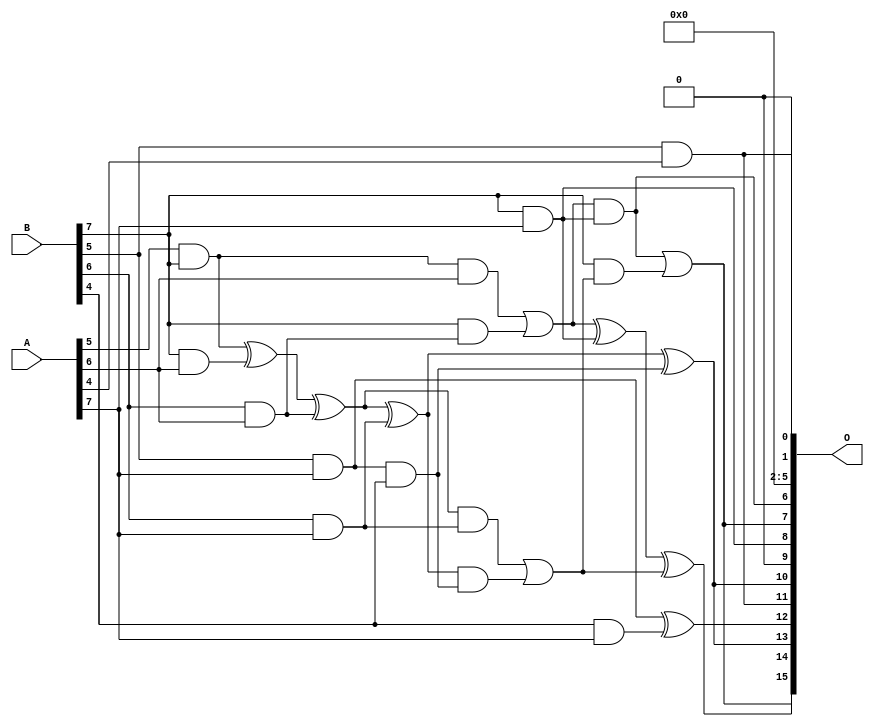
// This program was cloned from: https://github.com/ehw-fit/evoapproxlib
// License: MIT License

/***
* This code is a part of EvoApproxLib library (ehw.fit.vutbr.cz/approxlib) distributed under The MIT License.
* When used, please cite the following article(s): V. Mrazek, Z. Vasicek, L. Sekanina, H. Jiang and J. Han, "Scalable Construction of Approximate Multipliers With Formally Guaranteed Worst Case Error" in IEEE Transactions on Very Large Scale Integration (VLSI) Systems, vol. 26, no. 11, pp. 2572-2576, Nov. 2018. doi: 10.1109/TVLSI.2018.2856362 
* This file contains a circuit from a sub-set of pareto optimal circuits with respect to the pwr and wce parameters
***/
// MAE% = 0.000075 %
// MAE = 3230 
// WCE% = 0.00042 %
// WCE = 18075 
// WCRE% = 300.39 %
// EP% = 99.84 %
// MRE% = 0.0067 %
// MSE = 16238.254e3 
// PDK45_PWR = 1.648 mW
// PDK45_AREA = 2404.2 um2
// PDK45_DELAY = 2.44 ns

module mult8_cgp14zr_wc7391_rcam (
    A,
    B,
    O
);

input [7:0] A;
input [7:0] B;
output [15:0] O;

wire sig_242,sig_246,sig_251,sig_252,sig_253,sig_286,sig_288,sig_289,sig_290,sig_295,sig_296,sig_297,sig_298,sig_323,sig_324,sig_326,sig_327,sig_328,sig_329,sig_330;
wire sig_331,sig_332,sig_333,sig_334,sig_335;

assign sig_242 = A[5] & B[7];
assign sig_246 = sig_242 & A[6];
assign sig_251 = B[5] & A[4];
assign sig_252 = B[6] & A[6];
assign sig_253 = B[7] & A[6];
assign sig_286 = sig_242 ^ sig_253;
assign sig_288 = B[7] & sig_252;
assign sig_289 = sig_286 ^ sig_252;
assign sig_290 = sig_246 | sig_288;
assign sig_295 = B[4] & A[7];
assign sig_296 = B[5] & A[7];
assign sig_297 = B[6] & A[7];
assign sig_298 = B[7] & A[7];
assign sig_323 = sig_296 & B[4];
assign sig_324 = sig_296 ^ sig_295;
assign sig_326 = sig_289 ^ sig_297;
assign sig_327 = sig_289 & sig_297;
assign sig_328 = sig_326 & sig_323;
assign sig_329 = sig_326 ^ sig_323;
assign sig_330 = sig_327 | sig_328;
assign sig_331 = sig_290 ^ sig_298;
assign sig_332 = sig_290 & sig_298;
assign sig_333 = B[7] & sig_330;
assign sig_334 = sig_331 ^ sig_330;
assign sig_335 = sig_332 | sig_333;

assign O[15] = sig_335;
assign O[14] = sig_334;
assign O[13] = sig_329;
assign O[12] = sig_324;
assign O[11] = sig_251;
assign O[10] = sig_329;
assign O[9] = 1'b0;
assign O[8] = sig_298;
assign O[7] = sig_335;
assign O[6] = sig_332;
assign O[5] = 1'b0;
assign O[4] = 1'b0;
assign O[3] = 1'b0;
assign O[2] = 1'b0;
assign O[1] = sig_251;
assign O[0] = 1'b0;

endmodule

module mult8_cgp14ep_ep64716_wc26_csamrca (
    A,
    B,
    O
);

input [7:0] A;
input [7:0] B;
output [15:0] O;

wire sig_20,sig_21,sig_22,sig_23,sig_27,sig_28,sig_29,sig_30,sig_31,sig_38,sig_39,sig_40,sig_41,sig_42,sig_43,sig_44,sig_45,sig_48,sig_49,sig_50;
wire sig_51,sig_52,sig_53,sig_63,sig_64,sig_65,sig_69,sig_70,sig_71,sig_72,sig_73,sig_74,sig_75,sig_76,sig_77,sig_78,sig_79,sig_80,sig_81,sig_82;
wire sig_83,sig_84,sig_85,sig_87,sig_88,sig_91,sig_92,sig_93,sig_94,sig_95,sig_96,sig_103,sig_105,sig_107,sig_108,sig_109,sig_110,sig_111,sig_112,sig_113;
wire sig_114,sig_115,sig_116,sig_117,sig_118,sig_119,sig_120,sig_121,sig_122,sig_123,sig_124,sig_125,sig_126,sig_127,sig_128,sig_129,sig_130,sig_131,sig_132,sig_133;
wire sig_134,sig_135,sig_136,sig_137,sig_138,sig_139,sig_140,sig_141,sig_145,sig_146,sig_147,sig_148,sig_149,sig_150,sig_151,sig_152,sig_153,sig_154,sig_155,sig_156;
wire sig_157,sig_158,sig_159,sig_160,sig_161,sig_162,sig_163,sig_164,sig_165,sig_166,sig_167,sig_168,sig_169,sig_170,sig_171,sig_172,sig_173,sig_174,sig_175,sig_176;
wire sig_177,sig_178,sig_179,sig_180,sig_181,sig_182,sig_183,sig_184,sig_185,sig_186,sig_187,sig_188,sig_189,sig_190,sig_191,sig_192,sig_193,sig_194,sig_195,sig_196;
wire sig_197,sig_198,sig_199,sig_200,sig_201,sig_202,sig_203,sig_204,sig_205,sig_206,sig_207,sig_208,sig_209,sig_210,sig_211,sig_212,sig_213,sig_214,sig_215,sig_216;
wire sig_217,sig_218,sig_219,sig_220,sig_221,sig_222,sig_223,sig_224,sig_225,sig_226,sig_227,sig_228,sig_229,sig_230,sig_231,sig_232,sig_233,sig_234,sig_235,sig_236;
wire sig_237,sig_238,sig_239,sig_240,sig_241,sig_242,sig_243,sig_244,sig_245,sig_246,sig_247,sig_248,sig_249,sig_250,sig_251,sig_252,sig_253,sig_254,sig_255,sig_256;
wire sig_257,sig_258,sig_259,sig_260,sig_261,sig_262,sig_263,sig_264,sig_265,sig_266,sig_267,sig_268,sig_269,sig_270,sig_271,sig_272,sig_273,sig_274,sig_275,sig_276;
wire sig_277,sig_278,sig_279,sig_280,sig_281,sig_282,sig_283,sig_284,sig_285,sig_286,sig_287,sig_288,sig_289,sig_290,sig_291,sig_292,sig_293,sig_294,sig_295,sig_296;
wire sig_297,sig_298,sig_299,sig_300,sig_301,sig_302,sig_303,sig_304,sig_305,sig_306,sig_307,sig_308,sig_309,sig_310,sig_311,sig_312,sig_313,sig_314,sig_315,sig_316;
wire sig_317,sig_318,sig_319,sig_320,sig_321,sig_322,sig_323,sig_324,sig_325,sig_326,sig_327,sig_328,sig_329,sig_330,sig_331,sig_332,sig_333,sig_334,sig_335;

assign sig_20 = B[4] & A[0];
assign sig_21 = B[5] & A[0];
assign sig_22 = B[6] & A[0];
assign sig_23 = B[7] & A[0];
assign sig_27 = B[3] & A[1];
assign sig_28 = B[4] & A[1];
assign sig_29 = B[5] & A[1];
assign sig_30 = B[6] & A[1];
assign sig_31 = B[7] & A[1];
assign sig_38 = sig_20 | sig_27;
assign sig_39 = sig_20 & sig_27;
assign sig_40 = sig_21 ^ sig_28;
assign sig_41 = sig_21 & sig_28;
assign sig_42 = sig_22 ^ sig_29;
assign sig_43 = sig_22 & sig_29;
assign sig_44 = sig_23 ^ sig_30;
assign sig_45 = sig_23 & sig_30;
assign sig_48 = B[2] & A[2];
assign sig_49 = B[3] & A[2];
assign sig_50 = B[4] & A[2];
assign sig_51 = B[5] & A[2];
assign sig_52 = B[6] & A[2];
assign sig_53 = B[7] & A[2];
assign sig_63 = A[3] & B[1];
assign sig_64 = sig_38 | sig_48;
assign sig_65 = sig_38 & sig_48;
assign sig_69 = sig_40 ^ sig_49;
assign sig_70 = sig_40 & sig_49;
assign sig_71 = sig_69 & sig_39;
assign sig_72 = sig_69 ^ sig_39;
assign sig_73 = sig_70 | sig_71;
assign sig_74 = sig_42 ^ sig_50;
assign sig_75 = sig_42 & sig_50;
assign sig_76 = sig_74 & sig_41;
assign sig_77 = sig_74 ^ sig_41;
assign sig_78 = sig_75 | sig_76;
assign sig_79 = sig_44 ^ sig_51;
assign sig_80 = sig_44 & sig_51;
assign sig_81 = sig_79 & sig_43;
assign sig_82 = sig_79 ^ sig_43;
assign sig_83 = sig_80 | sig_81;
assign sig_84 = sig_31 ^ sig_52;
assign sig_85 = sig_31 & sig_52;
assign sig_87 = sig_84 ^ sig_45;
assign sig_88 = sig_85 | sig_45;
assign sig_91 = B[2] & A[3];
assign sig_92 = B[3] & A[3];
assign sig_93 = B[4] & A[3];
assign sig_94 = B[5] & A[3];
assign sig_95 = B[6] & A[3];
assign sig_96 = B[7] & A[3];
assign sig_103 = sig_64 & sig_63;
assign sig_105 = sig_64 | sig_63;
assign sig_107 = sig_72 ^ sig_91;
assign sig_108 = sig_72 & sig_91;
assign sig_109 = sig_107 & sig_65;
assign sig_110 = sig_107 ^ sig_65;
assign sig_111 = sig_108 | sig_109;
assign sig_112 = sig_77 ^ sig_92;
assign sig_113 = sig_77 & sig_92;
assign sig_114 = sig_112 & sig_73;
assign sig_115 = sig_112 ^ sig_73;
assign sig_116 = sig_113 | sig_114;
assign sig_117 = sig_82 ^ sig_93;
assign sig_118 = sig_82 & sig_93;
assign sig_119 = sig_117 & sig_78;
assign sig_120 = sig_117 ^ sig_78;
assign sig_121 = sig_118 | sig_119;
assign sig_122 = sig_87 ^ sig_94;
assign sig_123 = sig_87 & sig_94;
assign sig_124 = sig_122 & sig_83;
assign sig_125 = sig_122 ^ sig_83;
assign sig_126 = sig_123 | sig_124;
assign sig_127 = sig_53 ^ sig_95;
assign sig_128 = sig_53 & sig_95;
assign sig_129 = sig_127 & sig_88;
assign sig_130 = sig_127 ^ sig_88;
assign sig_131 = sig_128 | sig_129;
assign sig_132 = B[0] & A[4];
assign sig_133 = B[1] & A[4];
assign sig_134 = B[2] & A[4];
assign sig_135 = B[3] & A[4];
assign sig_136 = B[4] & A[4];
assign sig_137 = B[5] & A[4];
assign sig_138 = B[6] & A[4];
assign sig_139 = B[7] & A[4];
assign sig_140 = sig_105 ^ sig_132;
assign sig_141 = sig_105 & sig_132;
assign sig_145 = sig_110 ^ sig_133;
assign sig_146 = sig_110 & sig_133;
assign sig_147 = sig_145 & sig_103;
assign sig_148 = sig_145 ^ sig_103;
assign sig_149 = sig_146 | sig_147;
assign sig_150 = sig_115 ^ sig_134;
assign sig_151 = sig_115 & sig_134;
assign sig_152 = sig_150 & sig_111;
assign sig_153 = sig_150 ^ sig_111;
assign sig_154 = sig_151 | sig_152;
assign sig_155 = sig_120 ^ sig_135;
assign sig_156 = sig_120 & sig_135;
assign sig_157 = sig_155 & sig_116;
assign sig_158 = sig_155 ^ sig_116;
assign sig_159 = sig_156 | sig_157;
assign sig_160 = sig_125 ^ sig_136;
assign sig_161 = sig_125 & sig_136;
assign sig_162 = sig_160 & sig_121;
assign sig_163 = sig_160 ^ sig_121;
assign sig_164 = sig_161 | sig_162;
assign sig_165 = sig_130 ^ sig_137;
assign sig_166 = sig_130 & sig_137;
assign sig_167 = sig_165 & sig_126;
assign sig_168 = sig_165 ^ sig_126;
assign sig_169 = sig_166 | sig_167;
assign sig_170 = sig_96 ^ sig_138;
assign sig_171 = sig_96 & sig_138;
assign sig_172 = sig_170 & sig_131;
assign sig_173 = sig_170 ^ sig_131;
assign sig_174 = sig_171 | sig_172;
assign sig_175 = B[0] & A[5];
assign sig_176 = B[1] & A[5];
assign sig_177 = B[2] & A[5];
assign sig_178 = B[3] & A[5];
assign sig_179 = B[4] & A[5];
assign sig_180 = B[5] & A[5];
assign sig_181 = B[6] & A[5];
assign sig_182 = B[7] & A[5];
assign sig_183 = sig_148 ^ sig_175;
assign sig_184 = sig_148 & sig_175;
assign sig_185 = sig_183 & sig_141;
assign sig_186 = sig_183 ^ sig_141;
assign sig_187 = sig_184 | sig_185;
assign sig_188 = sig_153 ^ sig_176;
assign sig_189 = sig_153 & sig_176;
assign sig_190 = sig_188 & sig_149;
assign sig_191 = sig_188 ^ sig_149;
assign sig_192 = sig_189 | sig_190;
assign sig_193 = sig_158 ^ sig_177;
assign sig_194 = sig_158 & sig_177;
assign sig_195 = sig_193 & sig_154;
assign sig_196 = sig_193 ^ sig_154;
assign sig_197 = sig_194 | sig_195;
assign sig_198 = sig_163 ^ sig_178;
assign sig_199 = sig_163 & sig_178;
assign sig_200 = sig_198 & sig_159;
assign sig_201 = sig_198 ^ sig_159;
assign sig_202 = sig_199 | sig_200;
assign sig_203 = sig_168 ^ sig_179;
assign sig_204 = sig_168 & sig_179;
assign sig_205 = sig_203 & sig_164;
assign sig_206 = sig_203 ^ sig_164;
assign sig_207 = sig_204 | sig_205;
assign sig_208 = sig_173 ^ sig_180;
assign sig_209 = sig_173 & sig_180;
assign sig_210 = sig_208 & sig_169;
assign sig_211 = sig_208 ^ sig_169;
assign sig_212 = sig_209 | sig_210;
assign sig_213 = sig_139 ^ sig_181;
assign sig_214 = sig_139 & sig_181;
assign sig_215 = sig_213 & sig_174;
assign sig_216 = sig_213 ^ sig_174;
assign sig_217 = sig_214 | sig_215;
assign sig_218 = B[0] & A[6];
assign sig_219 = B[1] & A[6];
assign sig_220 = B[2] & A[6];
assign sig_221 = B[3] & A[6];
assign sig_222 = B[4] & A[6];
assign sig_223 = B[5] & A[6];
assign sig_224 = B[6] & A[6];
assign sig_225 = B[7] & A[6];
assign sig_226 = sig_191 ^ sig_218;
assign sig_227 = sig_191 & sig_218;
assign sig_228 = sig_226 & sig_187;
assign sig_229 = sig_226 ^ sig_187;
assign sig_230 = sig_227 | sig_228;
assign sig_231 = sig_196 ^ sig_219;
assign sig_232 = sig_196 & sig_219;
assign sig_233 = sig_231 & sig_192;
assign sig_234 = sig_231 ^ sig_192;
assign sig_235 = sig_232 | sig_233;
assign sig_236 = sig_201 ^ sig_220;
assign sig_237 = sig_201 & sig_220;
assign sig_238 = sig_236 & sig_197;
assign sig_239 = sig_236 ^ sig_197;
assign sig_240 = sig_237 | sig_238;
assign sig_241 = sig_206 ^ sig_221;
assign sig_242 = sig_206 & sig_221;
assign sig_243 = sig_241 & sig_202;
assign sig_244 = sig_241 ^ sig_202;
assign sig_245 = sig_242 | sig_243;
assign sig_246 = sig_211 ^ sig_222;
assign sig_247 = sig_211 & sig_222;
assign sig_248 = sig_246 & sig_207;
assign sig_249 = sig_246 ^ sig_207;
assign sig_250 = sig_247 | sig_248;
assign sig_251 = sig_216 ^ sig_223;
assign sig_252 = sig_216 & sig_223;
assign sig_253 = sig_251 & sig_212;
assign sig_254 = sig_251 ^ sig_212;
assign sig_255 = sig_252 | sig_253;
assign sig_256 = sig_182 ^ sig_224;
assign sig_257 = sig_182 & sig_224;
assign sig_258 = sig_256 & sig_217;
assign sig_259 = sig_256 ^ sig_217;
assign sig_260 = sig_257 | sig_258;
assign sig_261 = B[0] & A[7];
assign sig_262 = B[1] & A[7];
assign sig_263 = B[2] & A[7];
assign sig_264 = B[3] & A[7];
assign sig_265 = B[4] & A[7];
assign sig_266 = B[5] & A[7];
assign sig_267 = B[6] & A[7];
assign sig_268 = B[7] & A[7];
assign sig_269 = sig_234 ^ sig_261;
assign sig_270 = sig_234 & sig_261;
assign sig_271 = sig_269 & sig_230;
assign sig_272 = sig_269 ^ sig_230;
assign sig_273 = sig_270 | sig_271;
assign sig_274 = sig_239 ^ sig_262;
assign sig_275 = sig_239 & sig_262;
assign sig_276 = sig_274 & sig_235;
assign sig_277 = sig_274 ^ sig_235;
assign sig_278 = sig_275 | sig_276;
assign sig_279 = sig_244 ^ sig_263;
assign sig_280 = sig_244 & sig_263;
assign sig_281 = sig_279 & sig_240;
assign sig_282 = sig_279 ^ sig_240;
assign sig_283 = sig_280 | sig_281;
assign sig_284 = sig_249 ^ sig_264;
assign sig_285 = sig_249 & sig_264;
assign sig_286 = sig_284 & sig_245;
assign sig_287 = sig_284 ^ sig_245;
assign sig_288 = sig_285 | sig_286;
assign sig_289 = sig_254 ^ sig_265;
assign sig_290 = sig_254 & sig_265;
assign sig_291 = sig_289 & sig_250;
assign sig_292 = sig_289 ^ sig_250;
assign sig_293 = sig_290 | sig_291;
assign sig_294 = sig_259 ^ sig_266;
assign sig_295 = sig_259 & sig_266;
assign sig_296 = sig_294 & sig_255;
assign sig_297 = sig_294 ^ sig_255;
assign sig_298 = sig_295 | sig_296;
assign sig_299 = sig_225 ^ sig_267;
assign sig_300 = sig_225 & sig_267;
assign sig_301 = sig_299 & sig_260;
assign sig_302 = sig_299 ^ sig_260;
assign sig_303 = sig_300 | sig_301;
assign sig_304 = sig_277 ^ sig_273;
assign sig_305 = sig_277 & sig_273;
assign sig_306 = sig_282 ^ sig_278;
assign sig_307 = sig_282 & sig_278;
assign sig_308 = sig_306 & sig_305;
assign sig_309 = sig_306 ^ sig_305;
assign sig_310 = sig_307 | sig_308;
assign sig_311 = sig_287 ^ sig_283;
assign sig_312 = sig_287 & sig_283;
assign sig_313 = sig_311 & sig_310;
assign sig_314 = sig_311 ^ sig_310;
assign sig_315 = sig_312 | sig_313;
assign sig_316 = sig_292 ^ sig_288;
assign sig_317 = sig_292 & sig_288;
assign sig_318 = sig_316 & sig_315;
assign sig_319 = sig_316 ^ sig_315;
assign sig_320 = sig_317 | sig_318;
assign sig_321 = sig_297 ^ sig_293;
assign sig_322 = sig_297 & sig_293;
assign sig_323 = sig_321 & sig_320;
assign sig_324 = sig_321 ^ sig_320;
assign sig_325 = sig_322 | sig_323;
assign sig_326 = sig_302 ^ sig_298;
assign sig_327 = sig_302 & sig_298;
assign sig_328 = sig_326 & sig_325;
assign sig_329 = sig_326 ^ sig_325;
assign sig_330 = sig_327 | sig_328;
assign sig_331 = sig_268 ^ sig_303;
assign sig_332 = A[7] & sig_303;
assign sig_333 = sig_331 & sig_330;
assign sig_334 = sig_331 ^ sig_330;
assign sig_335 = sig_332 | sig_333;

assign O[15] = sig_335;
assign O[14] = sig_334;
assign O[13] = sig_329;
assign O[12] = sig_324;
assign O[11] = sig_319;
assign O[10] = sig_314;
assign O[9] = sig_309;
assign O[8] = sig_304;
assign O[7] = sig_272;
assign O[6] = sig_229;
assign O[5] = sig_186;
assign O[4] = sig_140;
assign O[3] = sig_105;
assign O[2] = sig_132;
assign O[1] = sig_218;
assign O[0] = 1'b0;

endmodule



module mul8_364(A, B, O);
  input [7:0] A;
  input [7:0] B;
  output [15:0] O;
  wire [2031:0] N;

  assign N[0] = A[0];
  assign N[1] = A[0];
  assign N[2] = A[1];
  assign N[3] = A[1];
  assign N[4] = A[2];
  assign N[5] = A[2];
  assign N[6] = A[3];
  assign N[7] = A[3];
  assign N[8] = A[4];
  assign N[9] = A[4];
  assign N[10] = A[5];
  assign N[11] = A[5];
  assign N[12] = A[6];
  assign N[13] = A[6];
  assign N[14] = A[7];
  assign N[15] = A[7];
  assign N[16] = B[0];
  assign N[17] = B[0];
  assign N[18] = B[1];
  assign N[19] = B[1];
  assign N[20] = B[2];
  assign N[21] = B[2];
  assign N[22] = B[3];
  assign N[23] = B[3];
  assign N[24] = B[4];
  assign N[25] = B[4];
  assign N[26] = B[5];
  assign N[27] = B[5];
  assign N[28] = B[6];
  assign N[29] = B[6];
  assign N[30] = B[7];
  assign N[31] = B[7];

  PDKGENAND2X1 n32(.A(N[0]), .B(N[16]), .Y(N[32]));
  PDKGENAND2X1 n48(.A(N[2]), .B(N[16]), .Y(N[48]));
  PDKGENAND2X1 n64(.A(N[4]), .B(N[16]), .Y(N[64]));
  PDKGENAND2X1 n82(.A(N[6]), .B(N[16]), .Y(N[82]));
  PDKGENAND2X1 n98(.A(N[8]), .B(N[16]), .Y(N[98]));
  PDKGENAND2X1 n114(.A(N[10]), .B(N[16]), .Y(N[114]));
  PDKGENAND2X1 n132(.A(N[12]), .B(N[16]), .Y(N[132]));
  PDKGENAND2X1 n148(.A(N[14]), .B(N[16]), .Y(N[148]));
  assign N[149] = N[148];
  PDKGENAND2X1 n164(.A(N[0]), .B(N[18]), .Y(N[164]));
  PDKGENBUFX2 n166(.A(N[149]), .Y(N[166]));
  assign N[167] = N[166];
  PDKGENAND2X1 n182(.A(N[2]), .B(N[18]), .Y(N[182]));
  PDKGENAND2X1 n198(.A(N[4]), .B(N[18]), .Y(N[198]));
  PDKGENAND2X1 n214(.A(N[6]), .B(N[18]), .Y(N[214]));
  PDKGENAND2X1 n232(.A(N[8]), .B(N[18]), .Y(N[232]));
  PDKGENAND2X1 n248(.A(N[10]), .B(N[18]), .Y(N[248]));
  PDKGENAND2X1 n264(.A(N[12]), .B(N[18]), .Y(N[264]));
  PDKGENAND2X1 n282(.A(N[14]), .B(N[18]), .Y(N[282]));
  PDKGENHAX1 n298(.A(N[48]), .B(N[164]), .YS(N[298]), .YC(N[299]));
  PDKGENHAX1 n314(.A(N[64]), .B(N[182]), .YS(N[314]), .YC(N[315]));
  PDKGENHAX1 n332(.A(N[82]), .B(N[198]), .YS(N[332]), .YC(N[333]));
  PDKGENHAX1 n348(.A(N[98]), .B(N[214]), .YS(N[348]), .YC(N[349]));
  PDKGENHAX1 n364(.A(N[114]), .B(N[232]), .YS(N[364]), .YC(N[365]));
  PDKGENHAX1 n382(.A(N[132]), .B(N[248]), .YS(N[382]), .YC(N[383]));
  PDKGENHAX1 n398(.A(N[167]), .B(N[264]), .YS(N[398]), .YC(N[399]));
  PDKGENAND2X1 n414(.A(N[0]), .B(N[20]), .Y(N[414]));
  PDKGENAND2X1 n432(.A(N[2]), .B(N[20]), .Y(N[432]));
  PDKGENAND2X1 n448(.A(N[4]), .B(N[20]), .Y(N[448]));
  PDKGENAND2X1 n464(.A(N[6]), .B(N[20]), .Y(N[464]));
  PDKGENAND2X1 n482(.A(N[8]), .B(N[20]), .Y(N[482]));
  PDKGENAND2X1 n498(.A(N[10]), .B(N[20]), .Y(N[498]));
  PDKGENAND2X1 n514(.A(N[12]), .B(N[20]), .Y(N[514]));
  PDKGENAND2X1 n532(.A(N[14]), .B(N[20]), .Y(N[532]));
  PDKGENFAX1 n548(.A(N[314]), .B(N[414]), .C(N[299]), .YS(N[548]), .YC(N[549]));
  PDKGENFAX1 n564(.A(N[332]), .B(N[432]), .C(N[315]), .YS(N[564]), .YC(N[565]));
  PDKGENFAX1 n582(.A(N[348]), .B(N[448]), .C(N[333]), .YS(N[582]), .YC(N[583]));
  PDKGENFAX1 n598(.A(N[364]), .B(N[464]), .C(N[349]), .YS(N[598]), .YC(N[599]));
  PDKGENFAX1 n614(.A(N[382]), .B(N[482]), .C(N[365]), .YS(N[614]), .YC(N[615]));
  PDKGENFAX1 n632(.A(N[398]), .B(N[498]), .C(N[383]), .YS(N[632]), .YC(N[633]));
  PDKGENFAX1 n648(.A(N[282]), .B(N[514]), .C(N[399]), .YS(N[648]), .YC(N[649]));
  PDKGENAND2X1 n664(.A(N[0]), .B(N[22]), .Y(N[664]));
  PDKGENAND2X1 n682(.A(N[2]), .B(N[22]), .Y(N[682]));
  PDKGENAND2X1 n698(.A(N[4]), .B(N[22]), .Y(N[698]));
  PDKGENAND2X1 n714(.A(N[6]), .B(N[22]), .Y(N[714]));
  PDKGENAND2X1 n732(.A(N[8]), .B(N[22]), .Y(N[732]));
  PDKGENAND2X1 n748(.A(N[10]), .B(N[22]), .Y(N[748]));
  PDKGENAND2X1 n764(.A(N[12]), .B(N[22]), .Y(N[764]));
  PDKGENAND2X1 n782(.A(N[14]), .B(N[22]), .Y(N[782]));
  PDKGENFAX1 n798(.A(N[564]), .B(N[664]), .C(N[549]), .YS(N[798]), .YC(N[799]));
  PDKGENFAX1 n814(.A(N[582]), .B(N[682]), .C(N[565]), .YS(N[814]), .YC(N[815]));
  PDKGENFAX1 n832(.A(N[598]), .B(N[698]), .C(N[583]), .YS(N[832]), .YC(N[833]));
  PDKGENFAX1 n848(.A(N[614]), .B(N[714]), .C(N[599]), .YS(N[848]), .YC(N[849]));
  PDKGENFAX1 n864(.A(N[632]), .B(N[732]), .C(N[615]), .YS(N[864]), .YC(N[865]));
  PDKGENFAX1 n882(.A(N[648]), .B(N[748]), .C(N[633]), .YS(N[882]), .YC(N[883]));
  PDKGENFAX1 n898(.A(N[532]), .B(N[764]), .C(N[649]), .YS(N[898]), .YC(N[899]));
  PDKGENAND2X1 n914(.A(N[0]), .B(N[24]), .Y(N[914]));
  PDKGENAND2X1 n932(.A(N[2]), .B(N[24]), .Y(N[932]));
  PDKGENAND2X1 n948(.A(N[4]), .B(N[24]), .Y(N[948]));
  PDKGENAND2X1 n964(.A(N[6]), .B(N[24]), .Y(N[964]));
  PDKGENAND2X1 n982(.A(N[8]), .B(N[24]), .Y(N[982]));
  PDKGENAND2X1 n998(.A(N[10]), .B(N[24]), .Y(N[998]));
  PDKGENAND2X1 n1014(.A(N[12]), .B(N[24]), .Y(N[1014]));
  PDKGENAND2X1 n1032(.A(N[14]), .B(N[24]), .Y(N[1032]));
  PDKGENFAX1 n1048(.A(N[814]), .B(N[914]), .C(N[799]), .YS(N[1048]), .YC(N[1049]));
  PDKGENFAX1 n1064(.A(N[832]), .B(N[932]), .C(N[815]), .YS(N[1064]), .YC(N[1065]));
  PDKGENFAX1 n1082(.A(N[848]), .B(N[948]), .C(N[833]), .YS(N[1082]), .YC(N[1083]));
  PDKGENFAX1 n1098(.A(N[864]), .B(N[964]), .C(N[849]), .YS(N[1098]), .YC(N[1099]));
  PDKGENFAX1 n1114(.A(N[882]), .B(N[982]), .C(N[865]), .YS(N[1114]), .YC(N[1115]));
  PDKGENFAX1 n1132(.A(N[898]), .B(N[998]), .C(N[883]), .YS(N[1132]), .YC(N[1133]));
  PDKGENFAX1 n1148(.A(N[782]), .B(N[1014]), .C(N[899]), .YS(N[1148]), .YC(N[1149]));
  PDKGENAND2X1 n1164(.A(N[0]), .B(N[26]), .Y(N[1164]));
  PDKGENAND2X1 n1182(.A(N[2]), .B(N[26]), .Y(N[1182]));
  PDKGENAND2X1 n1198(.A(N[4]), .B(N[26]), .Y(N[1198]));
  PDKGENAND2X1 n1214(.A(N[6]), .B(N[26]), .Y(N[1214]));
  PDKGENAND2X1 n1232(.A(N[8]), .B(N[26]), .Y(N[1232]));
  PDKGENAND2X1 n1248(.A(N[10]), .B(N[26]), .Y(N[1248]));
  PDKGENAND2X1 n1264(.A(N[12]), .B(N[26]), .Y(N[1264]));
  PDKGENAND2X1 n1282(.A(N[14]), .B(N[26]), .Y(N[1282]));
  PDKGENFAX1 n1298(.A(N[1064]), .B(N[1164]), .C(N[1049]), .YS(N[1298]), .YC(N[1299]));
  PDKGENFAX1 n1314(.A(N[1082]), .B(N[1182]), .C(N[1065]), .YS(N[1314]), .YC(N[1315]));
  PDKGENFAX1 n1332(.A(N[1098]), .B(N[1198]), .C(N[1083]), .YS(N[1332]), .YC(N[1333]));
  PDKGENFAX1 n1348(.A(N[1114]), .B(N[1214]), .C(N[1099]), .YS(N[1348]), .YC(N[1349]));
  PDKGENFAX1 n1364(.A(N[1132]), .B(N[1232]), .C(N[1115]), .YS(N[1364]), .YC(N[1365]));
  PDKGENFAX1 n1382(.A(N[1148]), .B(N[1248]), .C(N[1133]), .YS(N[1382]), .YC(N[1383]));
  PDKGENFAX1 n1398(.A(N[1032]), .B(N[1264]), .C(N[1149]), .YS(N[1398]), .YC(N[1399]));
  PDKGENAND2X1 n1414(.A(N[0]), .B(N[28]), .Y(N[1414]));
  PDKGENAND2X1 n1432(.A(N[2]), .B(N[28]), .Y(N[1432]));
  PDKGENAND2X1 n1448(.A(N[4]), .B(N[28]), .Y(N[1448]));
  PDKGENAND2X1 n1464(.A(N[6]), .B(N[28]), .Y(N[1464]));
  PDKGENAND2X1 n1482(.A(N[8]), .B(N[28]), .Y(N[1482]));
  PDKGENAND2X1 n1498(.A(N[10]), .B(N[28]), .Y(N[1498]));
  PDKGENAND2X1 n1514(.A(N[12]), .B(N[28]), .Y(N[1514]));
  PDKGENAND2X1 n1532(.A(N[14]), .B(N[28]), .Y(N[1532]));
  PDKGENFAX1 n1548(.A(N[1314]), .B(N[1414]), .C(N[1299]), .YS(N[1548]), .YC(N[1549]));
  PDKGENFAX1 n1564(.A(N[1332]), .B(N[1432]), .C(N[1315]), .YS(N[1564]), .YC(N[1565]));
  PDKGENFAX1 n1582(.A(N[1348]), .B(N[1448]), .C(N[1333]), .YS(N[1582]), .YC(N[1583]));
  PDKGENFAX1 n1598(.A(N[1364]), .B(N[1464]), .C(N[1349]), .YS(N[1598]), .YC(N[1599]));
  PDKGENFAX1 n1614(.A(N[1382]), .B(N[1482]), .C(N[1365]), .YS(N[1614]), .YC(N[1615]));
  PDKGENFAX1 n1632(.A(N[1398]), .B(N[1498]), .C(N[1383]), .YS(N[1632]), .YC(N[1633]));
  PDKGENFAX1 n1648(.A(N[1282]), .B(N[1514]), .C(N[1399]), .YS(N[1648]), .YC(N[1649]));
  PDKGENAND2X1 n1664(.A(N[0]), .B(N[30]), .Y(N[1664]));
  PDKGENAND2X1 n1682(.A(N[2]), .B(N[30]), .Y(N[1682]));
  PDKGENAND2X1 n1698(.A(N[4]), .B(N[30]), .Y(N[1698]));
  PDKGENAND2X1 n1714(.A(N[6]), .B(N[30]), .Y(N[1714]));
  PDKGENAND2X1 n1732(.A(N[8]), .B(N[30]), .Y(N[1732]));
  PDKGENAND2X1 n1748(.A(N[10]), .B(N[30]), .Y(N[1748]));
  PDKGENAND2X1 n1764(.A(N[12]), .B(N[30]), .Y(N[1764]));
  PDKGENAND2X1 n1782(.A(N[14]), .B(N[30]), .Y(N[1782]));
  PDKGENFAX1 n1798(.A(N[1564]), .B(N[1664]), .C(N[1549]), .YS(N[1798]), .YC(N[1799]));
  PDKGENFAX1 n1814(.A(N[1582]), .B(N[1682]), .C(N[1565]), .YS(N[1814]), .YC(N[1815]));
  PDKGENFAX1 n1832(.A(N[1598]), .B(N[1698]), .C(N[1583]), .YS(N[1832]), .YC(N[1833]));
  PDKGENFAX1 n1848(.A(N[1614]), .B(N[1714]), .C(N[1599]), .YS(N[1848]), .YC(N[1849]));
  PDKGENFAX1 n1864(.A(N[1632]), .B(N[1732]), .C(N[1615]), .YS(N[1864]), .YC(N[1865]));
  PDKGENFAX1 n1882(.A(N[1648]), .B(N[1748]), .C(N[1633]), .YS(N[1882]), .YC(N[1883]));
  PDKGENFAX1 n1898(.A(N[1532]), .B(N[1764]), .C(N[1649]), .YS(N[1898]), .YC(N[1899]));
  PDKGENHAX1 n1914(.A(N[1814]), .B(N[1799]), .YS(N[1914]), .YC(N[1915]));
  PDKGENFAX1 n1932(.A(N[1832]), .B(N[1815]), .C(N[1915]), .YS(N[1932]), .YC(N[1933]));
  PDKGENFAX1 n1948(.A(N[1848]), .B(N[1833]), .C(N[1933]), .YS(N[1948]), .YC(N[1949]));
  PDKGENFAX1 n1964(.A(N[1864]), .B(N[1849]), .C(N[1949]), .YS(N[1964]), .YC(N[1965]));
  PDKGENFAX1 n1982(.A(N[1882]), .B(N[1865]), .C(N[1965]), .YS(N[1982]), .YC(N[1983]));
  PDKGENFAX1 n1998(.A(N[1898]), .B(N[1883]), .C(N[1983]), .YS(N[1998]), .YC(N[1999]));
  PDKGENFAX1 n2014(.A(N[1782]), .B(N[1899]), .C(N[1999]), .YS(N[2014]), .YC(N[2015]));

  assign O[0] = N[32];
  assign O[1] = N[298];
  assign O[2] = N[548];
  assign O[3] = N[798];
  assign O[4] = N[1048];
  assign O[5] = N[1298];
  assign O[6] = N[1548];
  assign O[7] = N[1798];
  assign O[8] = N[1914];
  assign O[9] = N[1932];
  assign O[10] = N[1948];
  assign O[11] = N[1964];
  assign O[12] = N[1982];
  assign O[13] = N[1998];
  assign O[14] = N[2014];
  assign O[15] = N[2015];

endmodule

module CLA32bit(a,b,c_in,sum,c_out);

input [31:0]a,b;
input c_in;
output [31:0]sum;
output c_out;

wire [31:0] sum_out,  p,  g;
wire [7:0] PPP, GGG;
wire [8:0] CC;

assign p[31:0] = a[31:0] ^ b[31:0];
assign g[31:0] = a[31:0] & b[31:0];

assign PPP[0]= p [3] & p [2] & p [1] & p [0];
assign PPP[1]= p [7] & p [6] & p [5] & p [4];
assign PPP[2]= p[11] & p[10] & p [9] & p [8];
assign PPP[3]= p[15] & p[14] & p[13] & p[12];
assign PPP[4]= p[19] & p[18] & p[17] & p[16];
assign PPP[5]= p[23] & p[22] & p[21] & p[20];
assign PPP[6]= p[27] & p[26] & p[25] & p[24];
assign PPP[7]= p[31] & p[30] & p[29] & p[28];

assign GGG[0]= g[3]  | (p [3] & g [2])  | (p [3] & p [2] & g [1])  | (p [3] & p [2] & p [1] & g [0]) ;
assign GGG[1]= g[7]  | (p [7] & g [6])  | (p [7] & p [6] & g [5])  | (p [7] & p [6] & p [5] & g [4]);
assign GGG[2]= g[11] | (p[11] & g[10])  | (p[11] & p[10] & g [9])  | (p[11] & p[10] & p [9] & g [8]);
assign GGG[3]= g[15] | (p[15] & g[14])  | (p[15] & p[14] & g[13])  | (p[15] & p[14] & p[13] & g[12]);
assign GGG[4]= g[19] | (p[19] & g[18])  | (p[19] & p[18] & g[17])  | (p[19] & p[18] & p[17] & g[16]);
assign GGG[5]= g[23] | (p[23] & g[22])  | (p[23] & p[22] & g[21])  | (p[23] & p[22] & p[21] & g[20]);
assign GGG[6]= g[27] | (p[27] & g[26])  | (p[27] & p[26] & g[25])  | (p[27] & p[26] & p[25] & g[24]);
assign GGG[7]= g[31] | (p[31] & g[30])  | (p[31] & p[30] & g[29])  | (p[31] & p[30] & p[29] & g[28]);
assign CC[0] = c_in;
assign CC[1] = GGG[0]  |  PPP[0]&  CC[0];
assign CC[2] = GGG[1]  |  PPP[1]&GGG[0]  |  PPP[1]&PPP[0]&  CC[0];
assign CC[3] = GGG[2]  |  PPP[2]&GGG[1]  |  PPP[2]&PPP[1]&GGG[0]  |  PPP[2]&PPP[1]&PPP[0]&  CC[0];
assign CC[4] = GGG[3]  |  PPP[3]&GGG[2]  |  PPP[3]&PPP[2]&GGG[1]  |  PPP[3]&PPP[2]&PPP[1]&GGG[0]  |  PPP[3]&PPP[2]&PPP[1]&PPP[0]&  CC[0];
assign CC[5] = GGG[4]  |  PPP[4]&GGG[3]  |  PPP[4]&PPP[3]&GGG[2]  |  PPP[4]&PPP[3]&PPP[2]&GGG[1]  |  PPP[4]&PPP[3]&PPP[2]&PPP[1]&GGG[0] |  PPP[4]&PPP[3]&PPP[2]&PPP[1]&PPP[0]&  CC[0];
assign CC[6] = GGG[5]  |  PPP[5]&GGG[4]  |  PPP[5]&PPP[4]&GGG[3]  |  PPP[5]&PPP[4]&PPP[3]&GGG[2]  |  PPP[5]&PPP[4]&PPP[3]&PPP[2]&GGG[1] |  PPP[5]&PPP[4]&PPP[3]&PPP[2]&PPP[1]&GGG[0] |  PPP[5]&PPP[4]&PPP[3]&PPP[2]&PPP[1]&PPP[0]& CC[0];
assign CC[7] = GGG[6]  | PPP[6]&GGG[5]  |  PPP[6]&PPP[5]&GGG[4]  |  PPP[6]&PPP[5]&PPP[4]&GGG[3]  |  PPP[6]&PPP[5]&PPP[4]&PPP[3]&GGG[2]  |  PPP[6]&PPP[5]&PPP[4]&PPP[3]&PPP[2]&GGG[1] |  PPP[6]&PPP[5]&PPP[4]&PPP[3]&PPP[2]&PPP[1]&GGG[0] |  PPP[6]&PPP[5]&PPP[4]&PPP[3]&PPP[2]&PPP[1]&PPP[0] & CC[0];
assign CC[8] = GGG[7] | PPP[7]&GGG[6]  | PPP[7]&PPP[6]&GGG[5]  |  PPP[7]&PPP[6]&PPP[5]&GGG[4]  |  PPP[7]&PPP[6]&PPP[5]&PPP[4]&GGG[3]  |  PPP[7]&PPP[6]&PPP[5]&PPP[4]&PPP[3]&GGG[2]  |  PPP[7]&PPP[6]&PPP[5]&PPP[4]&PPP[3]&PPP[2]&GGG[1] |  PPP[7]&PPP[6]&PPP[5]&PPP[4]&PPP[3]&PPP[2]&PPP[1]&GGG[0] |  PPP[7]&PPP[6]&PPP[5]&PPP[4]&PPP[3]&PPP[2]&PPP[1]&PPP[0] & CC[0];
cla_4bit cla4bit1(.aa(a  [3:0]),  .bb(b  [3:0]),  .cin(CC[0]),   .pp(p  [3:0]),  .gg(g  [3:0]),   .summ(sum  [3:0]));
cla_4bit cla4bit2(.aa(a  [7:4]),  .bb(b  [7:4]),  .cin(CC[1]),   .pp(p  [7:4]),  .gg(g  [7:4]),   .summ(sum  [7:4]));
cla_4bit cla4bit3(.aa(a [11:8]),  .bb(b [11:8]),  .cin(CC[2]),   .pp(p [11:8]),  .gg(g [11:8]),   .summ(sum [11:8]));
cla_4bit cla4bit4(.aa(a[15:12]),  .bb(b[15:12]),  .cin(CC[3]),   .pp(p[15:12]),  .gg(g[15:12]),   .summ(sum[15:12]));
cla_4bit cla4bit5(.aa(a[19:16]),  .bb(b[19:16]),  .cin(CC[4]),   .pp(p[19:16]),  .gg(g[19:16]),   .summ(sum[19:16]));
cla_4bit cla4bit6(.aa(a[23:20]),  .bb(b[23:20]),  .cin(CC[5]),   .pp(p[23:20]),  .gg(g[23:20]),   .summ(sum[23:20]));
cla_4bit cla4bit7(.aa(a[27:24]),  .bb(b[27:24]),  .cin(CC[6]),   .pp(p[27:24]),  .gg(g[27:24]),   .summ(sum[27:24]));
cla_4bit cla4bit8(.aa(a[31:28]),  .bb(b[31:28]),  .cin(CC[7]),   .pp(p[31:28]),  .gg(g[31:28]),   .summ(sum[31:28]));

assign c_out=CC[8];

endmodule
module cla_4bit(aa,bb,cin,summ,pp,gg);
input  [3:0] aa,bb,pp,gg;  
input cin;
output [3:0] summ;

wire [3:0] c;

   assign c[0] = cin;
   assign c[1] = gg[0] | (pp[0] & c[0]);
   assign c[2] = gg[1] | (pp[1] & gg[0]) | (pp[1] & pp[0] & c[0]);
   assign c[3] = gg[2] | (pp[2] & gg[1]) | (pp[2] & pp[1] & gg[0])| (pp[2] & pp[1] & pp[0] & c[0]);

   assign summ[3:0] = pp[3:0]  ^  c[3:0];
endmodule

`timescale 1ns/100ps
module mul16u_F6B ( input[15:0] A,
                   input[15:0] B,
                   output [31:0] O
                 );

wire [15:0] ll,lh,hl,hh;
wire [31:0] llhhlh_sum;
wire [31:0] shifted_llhh, shifted_lh, shifted_hl;

localparam MAX1 = 15;
localparam MIN1 = 8;

localparam MAX2 = 7;
localparam MIN2 = 0;

mult8_cgp14zr_wc7391_rcam LxL (.A(A[MAX2:MIN2]), .B(B[MAX2:MIN2]), .O(ll));
mult8_cgp14ep_ep64716_wc26_csamrca HxL (.A(A[MAX1:MIN1]), .B(B[MAX2:MIN2]), .O(hl));
mult8_cgp14ep_ep64716_wc26_csamrca LxH (.A(A[MAX2:MIN2]), .B(B[MAX1:MIN1]), .O(lh));
mul8_364 HxH (.A(A[MAX1:MIN1]), .B(B[MAX1:MIN1]), .O(hh));

assign shifted_llhh = { hh, ll }; 
assign shifted_lh = { {8{1'b0}}, lh, {8{1'b0}}}; 
assign shifted_hl = { {8{1'b0}}, hl, {8{1'b0}}};
CLA32bit LLHHLH (.a(shifted_llhh), .b(shifted_lh), .c_in(1'b0), .sum(llhhlh_sum), .c_out());
CLA32bit SUMO (.a(llhhlh_sum), .b(shifted_hl), .c_in(1'b0), .sum(O), .c_out());

endmodule


/* mod */
module PDKGENFAX1( input A, input B, input C, output YS, output YC );
    assign YS = (A ^ B) ^ C;
    assign YC = (A & B) | (B & C) | (A & C);
endmodule
/* mod */
module PDKGENHAX1( input A, input B, output YS, output YC );
    assign YS = A ^ B;
    assign YC = A & B;
endmodule
/* mod */
module PDKGENAND2X1(input A, input B, output Y );
     assign Y = A & B;
endmodule
/* mod */
module PDKGENBUFX2(input A, output Y );
     assign Y = A;
endmodule